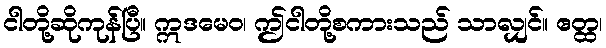
ငါတို့ဆိုကုန်ပြီ။ ဣဒမေဝ၊ ဤငါတို့စကားသည် သာလျှင်။ ဧတ္ထ၊